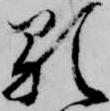
顕